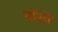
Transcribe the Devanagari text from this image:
नाॅरवे